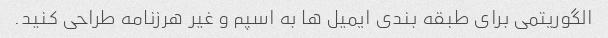
الگوریتمی برای طبقه بندی ایمیل ها به اسپم و غیر هرزنامه طراحی کنید.